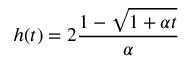
h ( t ) = 2 { \frac { 1 - \sqrt { 1 + \alpha t } } { \alpha } }